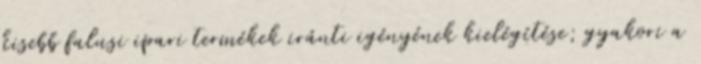
kisebb falusi ipari termékek iránti igényének kielégítése; gyakori a